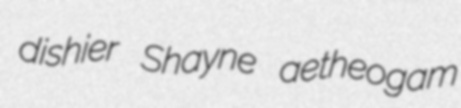
dishier Shayne aetheogam